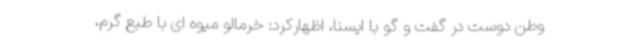
وطن دوست در گفت و گو با ایسنا، اظهارکرد: خرمالو میوه ای با طبع گرم،